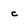
Character: c